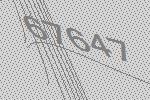
67647